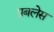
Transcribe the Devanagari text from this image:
प्रबलेस